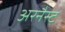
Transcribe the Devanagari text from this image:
अरनैस्ट